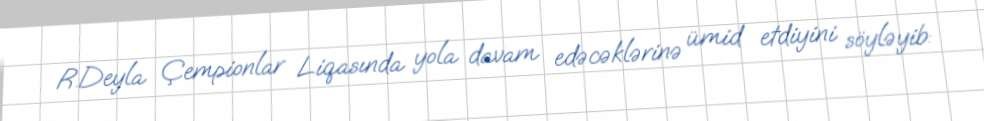
R.Deyla Çempionlar Liqasında yola davam edəcəklərinə ümid etdiyini söyləyib: